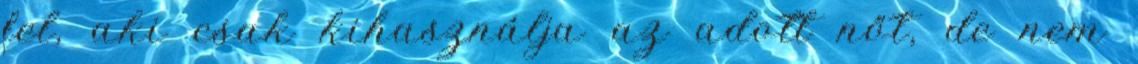
fel, aki csak kihasználja az adott nőt, de nem